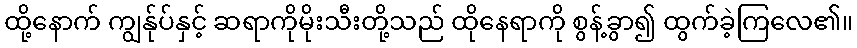
ထို့နောက် ကျွန်ုပ်နှင့် ဆရာကိုမိုးသီးတို့သည် ထိုနေရာကို စွန့်ခွာ၍ ထွက်ခဲ့ကြလေ၏။